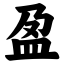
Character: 盈